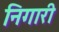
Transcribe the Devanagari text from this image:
निगारी